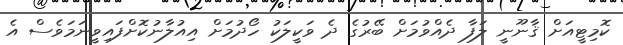
ކޮމިޓީއަށް ޤާނޫނީ ލަފާ ދެއްވުމަށް ބޭރުގެ ދެ ވަކީލަކު ހޯދުމަށް އިއުލާނުކޮށްފައިވީނަމަވެސް އެ